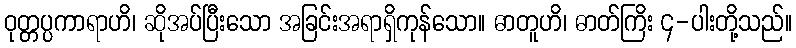
ဝုတ္တပ္ပကာရာဟိ၊ ဆိုအပ်ပြီးသော အခြင်းအရာရှိကုန်သော။ ဓာတူဟိ၊ ဓာတ်ကြိး ၄-ပါးတို့သည်။